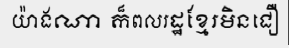
យ៉ាងណា ក៏ពលរដ្ឋខ្មែរមិនជឿ